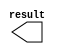
// megafunction wizard: %LPM_CONSTANT%VBB%
// GENERATION: STANDARD
// VERSION: WM1.0
// MODULE: LPM_CONSTANT 

// ============================================================
// Megafunction Name(s):
// 			LPM_CONSTANT
//
// Simulation Library Files(s):
// 			lpm
// ============================================================
// ************************************************************
// THIS IS A WIZARD-GENERATED FILE. DO NOT EDIT THIS FILE!
//
// 13.0.1 Build 232 06/12/2013 SP 1 SJ Web Edition
// ************************************************************

//Copyright (C) 1991-2013 Altera Corporation
//Your use of Altera Corporation's design tools, logic functions 
//and other software and tools, and its AMPP partner logic 
//functions, and any output files from any of the foregoing 
//(including device programming or simulation files), and any 
//associated documentation or information are expressly subject 
//to the terms and conditions of the Altera Program License 
//Subscription Agreement, Altera MegaCore Function License 
//Agreement, or other applicable license agreement, including, 
//without limitation, that your use is for the sole purpose of 
//programming logic devices manufactured by Altera and sold by 
//Altera or its authorized distributors.  Please refer to the 
//applicable agreement for further details.

module ALU_CONST_ZERO (
	result);

	output	[30:0]  result;

endmodule

// ============================================================
// CNX file retrieval info
// ============================================================
// Retrieval info: PRIVATE: INTENDED_DEVICE_FAMILY STRING "Cyclone IV GX"
// Retrieval info: PRIVATE: JTAG_ENABLED NUMERIC "0"
// Retrieval info: PRIVATE: JTAG_ID STRING "NONE"
// Retrieval info: PRIVATE: Radix NUMERIC "10"
// Retrieval info: PRIVATE: SYNTH_WRAPPER_GEN_POSTFIX STRING "1"
// Retrieval info: PRIVATE: Value NUMERIC "0"
// Retrieval info: PRIVATE: nBit NUMERIC "31"
// Retrieval info: PRIVATE: new_diagram STRING "1"
// Retrieval info: LIBRARY: lpm lpm.lpm_components.all
// Retrieval info: CONSTANT: LPM_CVALUE NUMERIC "0"
// Retrieval info: CONSTANT: LPM_HINT STRING "ENABLE_RUNTIME_MOD=NO"
// Retrieval info: CONSTANT: LPM_TYPE STRING "LPM_CONSTANT"
// Retrieval info: CONSTANT: LPM_WIDTH NUMERIC "31"
// Retrieval info: USED_PORT: result 0 0 31 0 OUTPUT NODEFVAL "result[30..0]"
// Retrieval info: CONNECT: result 0 0 31 0 @result 0 0 31 0
// Retrieval info: GEN_FILE: TYPE_NORMAL ALU_CONST_ZERO.v TRUE
// Retrieval info: GEN_FILE: TYPE_NORMAL ALU_CONST_ZERO.inc FALSE
// Retrieval info: GEN_FILE: TYPE_NORMAL ALU_CONST_ZERO.cmp FALSE
// Retrieval info: GEN_FILE: TYPE_NORMAL ALU_CONST_ZERO.bsf TRUE
// Retrieval info: GEN_FILE: TYPE_NORMAL ALU_CONST_ZERO_inst.v FALSE
// Retrieval info: GEN_FILE: TYPE_NORMAL ALU_CONST_ZERO_bb.v TRUE
// Retrieval info: GEN_FILE: TYPE_NORMAL ALU_CONST_ZERO_syn.v TRUE
// Retrieval info: LIB_FILE: lpm